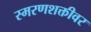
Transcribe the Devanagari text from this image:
स्मरणशक्तीवर